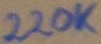
Text: 220K